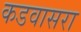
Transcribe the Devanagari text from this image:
कडवासरा